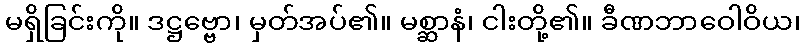
မရှိခြင်းကို။ ဒဋ္ဌဗ္ဗော၊ မှတ်အပ်၏။ မစ္ဆာနံ၊ ငါးတို့၏။ ခီဏဘာဝေါဝိယ၊